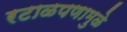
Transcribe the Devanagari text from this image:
रटाळपणामुळे